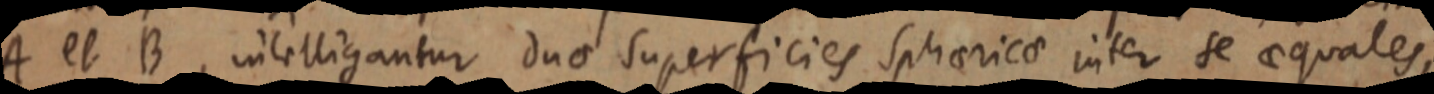
A et B, intelligantur duo superficies sphaericae inter se aequales,